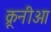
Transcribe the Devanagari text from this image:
क्रूनीआ